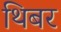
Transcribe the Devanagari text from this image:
थिबर